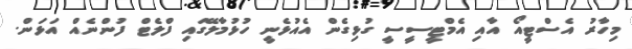
މިހާރު އެސްޓީއޯ އާއި އެމްޓީސީސީ ގުޅިގެން އެއުޅެނީ ހުޅުމާލޭގައި ފްލެޓް ފުންނެއް އަޅަން.